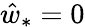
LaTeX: \hat{w}_{*}=0